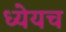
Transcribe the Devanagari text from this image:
ध्येयच